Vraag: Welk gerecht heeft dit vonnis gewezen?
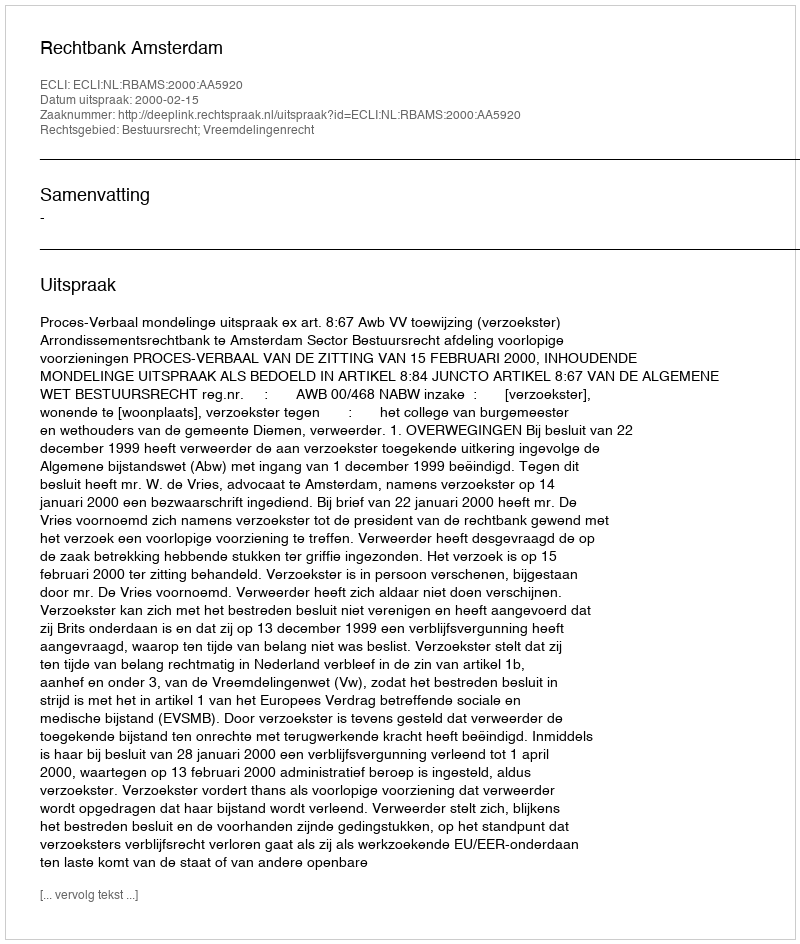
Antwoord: Rechtbank Amsterdam